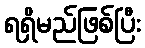
ရရှိမည်ဖြစ်ပြီး